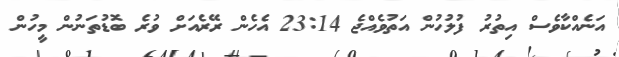
އަނެއްކާވެސް އިތުރު ފުލުހުން އަތުވެއްޖެ 23:14 އެހެން ރޭރެއަށް ވުރެ ބޮޑުތަނުން މީހުން